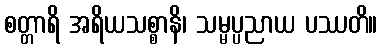
စတ္တာရိ အရိယသစ္စာနိ၊ သမ္မပ္ပညာယ ပဿတိ။